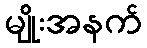
မျိုးအနက်